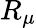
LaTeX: R_{\mu}